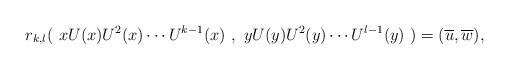
LaTeX: \begin{align*}r_{k,l}(\ x U(x) U^2(x) \cdots U^{k-1}(x) \ ,\ y U(y) U^2(y) \cdots U^{l-1}(y)\ )=(\overline{u},\overline{w}),\end{align*}